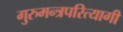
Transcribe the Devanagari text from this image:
गुरुमन्त्रपरित्यागी